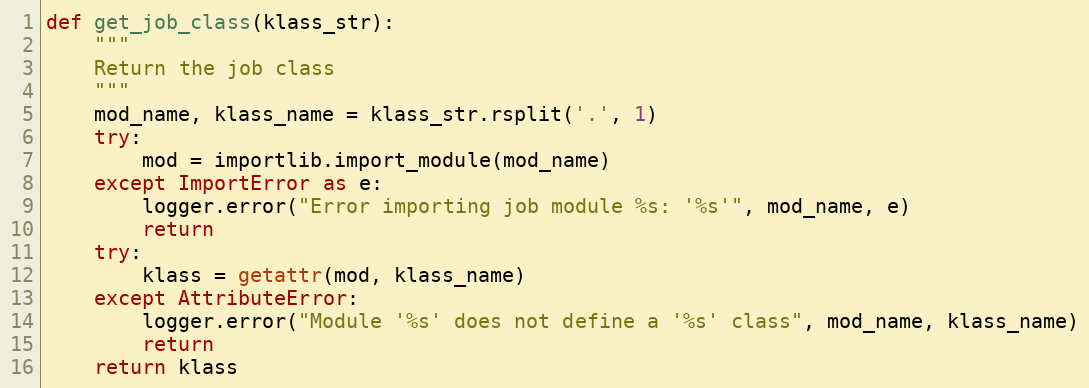
Language: Python
def get_job_class(klass_str):
    """
    Return the job class
    """
    mod_name, klass_name = klass_str.rsplit('.', 1)
    try:
        mod = importlib.import_module(mod_name)
    except ImportError as e:
        logger.error("Error importing job module %s: '%s'", mod_name, e)
        return
    try:
        klass = getattr(mod, klass_name)
    except AttributeError:
        logger.error("Module '%s' does not define a '%s' class", mod_name, klass_name)
        return
    return klass